Report on vaccination North-West Frontier Province 1904-1922 - 1904-1922
Year: 1904
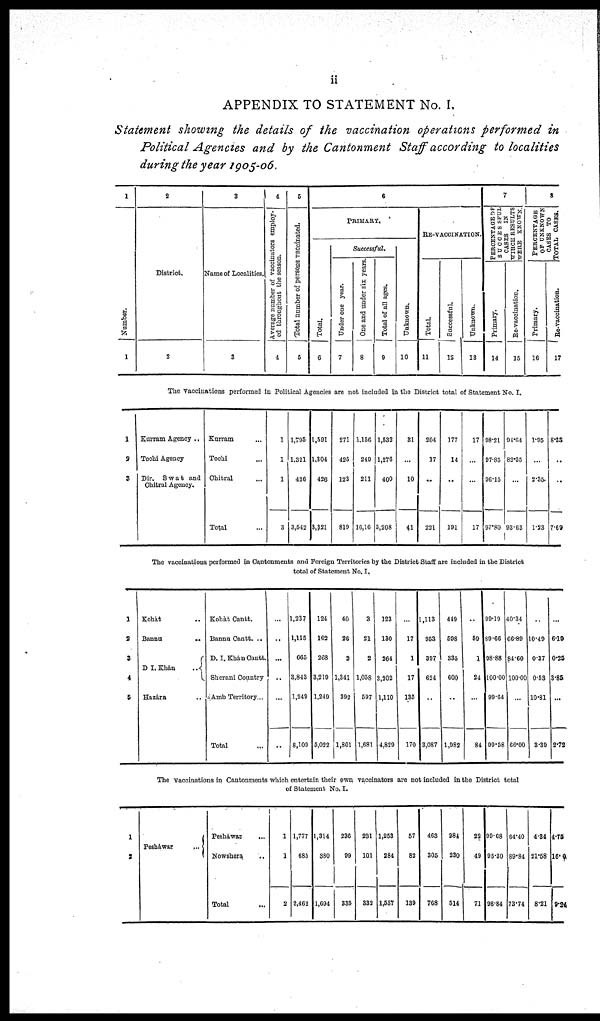
ii
APPENDIX TO STATEMENT No. I.
Statement showing the details of the vaccination operations performed in
Political Agencies and by the Cantonment Staff according to localities
during the year 1905-06.
1
Number.
1
2
District.
2
3
Name of Localities.
3
4
Average number of vaccinators employ-
ed throughout the season.
4
5
Total number of persons vaccinated.
5
6
PRIMARY.
Total.
6
Successful.
Under one year.
7
One and under six years
8
Total of all ages.
9
Unknown.
10
RE-VACCINATION.
Total.
11
Successful.
12
Unknown.
13
7
PERCENTAGE OF
SUCCESSFUL
CASES
IN
WIHCH RESULTS
WERE KNOWN.
Primary.
14
Re-vaccination.
15
8
PERCENTAGE
OF UNKNOWN
CASES TO
TOTAL CASES.
Primary.
16
Re-vaccination.
17
The vaccinations performed in Political Agencies are not included in the District total of Statement No. I.
1
9
3
Kurram Agency ..
Tochi Agency
Dir. Swat and
Chitral Agency.
Kurram ...
Tochi ...
Chitral ...
Total ...
1
1
1
3
1,795
1,321
426
3,542
1,591
1,304
426
3,321
271
425
123
819
1,156
249
211
16,16
1,532
1,276
400
3,208
31
...
10
41
204
17
..
221
177
14
..
191
17
...
...
17
98.21
97.85
96.15
97.80
94.04
82.35
...
93.63
1.95
...
2.35
1.23
8.33
..
..
7.69
The vaccinations performed in Cantonments and Foreign Territories by the District Staff are included in the District
total of Statement No, I.
1
2
3
4
5
Kohàt ..
Bannu ..
D I. Khan
..
Hazára
..
Kohàt Cantt.
Bannu Cantt. ..
D. I. Khán Cantt.
Sherani Country
Amb Territory...
Total ...
...
..
...
..
...
..
1,237
1,115
665
3,843
1,249
8,109
124
162
268
3,210
1,249
5,022
40
26
2
1,341
302
1,801
3
21
2
1,058
597
1,681
123
130
264
3,202
1,110
4,829
...
17
1
17
135
170
1,113
953
397
624
..
3,087
449
598
335
600
..
1,982
..
59
1
24
...
84
90.19
89.66
98.88
100.00
99.64
99.58
40.34
66.89
84.60
100.00
...
66.00
..
10.49
0.37
0.53
10.81
3.39
...
6.19
0.25
3.85
...
2.72
The vaccinations in Cantonments which entertain their own vaccinators are not included in the District total
of Statement No. I.
1
2
Pesháwar
...
Pesháwar ...
Nowshera
..
Total ...
1
1
2
1,777
685
2,462
1,314
380
1,694
236
99
335
231
101
332
1,253
284
1,537
57
82
139
463
305
768
284
230
514
22
49
71
99.68
95.30
98.84
64.40
89.84
73.74
4.34
21.58
8.21
4.76
16.0
9.24